Leaving Certificate Examination (including Day School Certificate (Higher) General paper), 1939
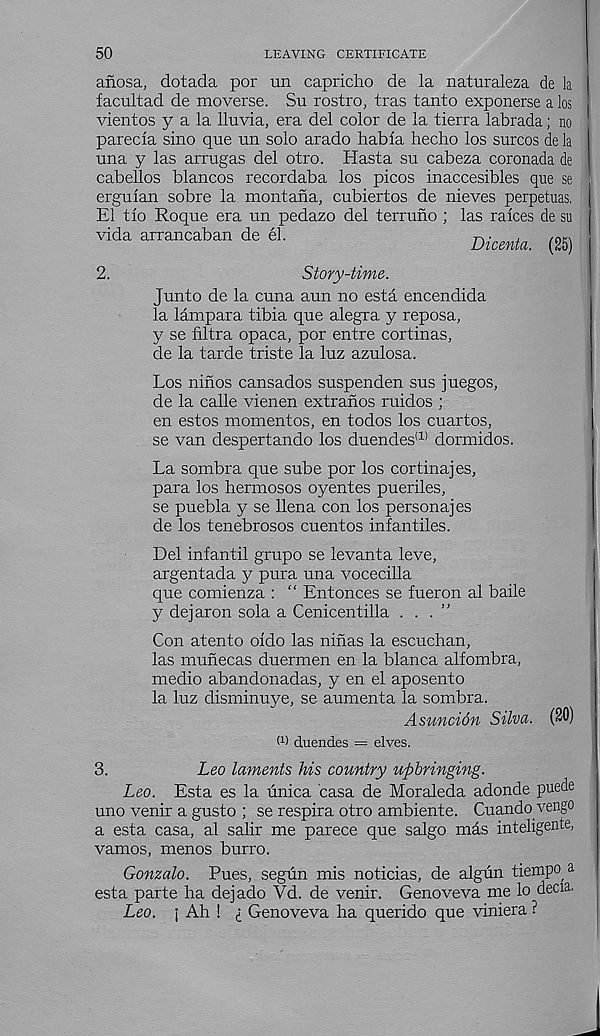
50
LEAVING CERTIFICATE
anosa, dotada por un capricho de la naturaleza de la
facultad de moverse. Su rostro, tras tanto exponerse a los
vientos y a la lluvia, era del color de la tierra labrada; no
parecla sino que un solo arado habla hecho los surcos de la
una y las arrugas del otro. Hasta su cabeza coronada de
cabellos blancos recordaba los picos inaccesibles que se
ergulan sobre la montana, cubiertos de nieves perpetuas.
El tlo Roque era un pedazo del terruno ; las raices de su
vida arrancaban de el.
-n- *
/on
Dicenta. (25)
2.
Story-time.
Junto de la cuna aun no esta encendida
la lampara tibia que alegra y reposa,
y se Ultra opaca, por entre cortinas,
de la tarde triste la luz azulosa.
Los ninos cansados suspenden sus juegos,
de la calle vienen extranos ruidos ;
en estos momentos, en todos los cuartos,
se van despertando los duendes (1) dormidos.
La sombra que sube por los cortinajes,
para los hermosos oyentes pueriles,
se puebla y se llena con los persona] es
de los tenebrosos cuentos infantiles.
Del infantil grupo se levanta leve,
argentada y pura una vocecilla
que comienza : “ Entonces se fueron al baile
y dejaron sola a Cenicentilla ...”
Con atento oido las ninas la escuchan,
las munecas duermen en la blanca alfombra,
medio abandonadas, y en el aposento
la luz disminuye, se aumenta la sombra.
Asuncidn Silva. (20)
M duendes = elves.
3.
Leo laments his country upbringing.
Leo. Esta es la unica casa de Moraleda adonde puede
uno venir a gusto ; se respira otro ambiente. Cuando.vengo
a esta casa, al salir me parece que salgo m&s inteligente,
vamos, menos burro.
Gonzalo. Pues, segun mis noticias, de algiin tiempo ^
esta parte ha dejado Vd. de venir. Genoveva me lo decia.
Leo. j Ah ! <; Genoveva ha querido que viniera ?